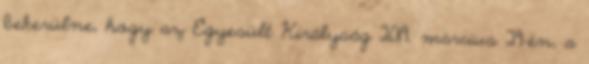
bekerülne, hogy az Egyesült Királyság 2019. március 29-én, a